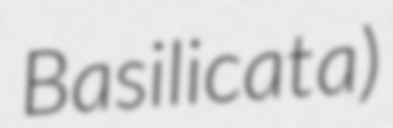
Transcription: Basilicata)